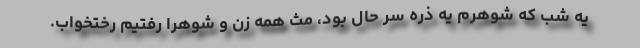
یه شب که شوهرم یه ذره سر حال بود، مث همه زن و شوهرا رفتیم رختخواب.